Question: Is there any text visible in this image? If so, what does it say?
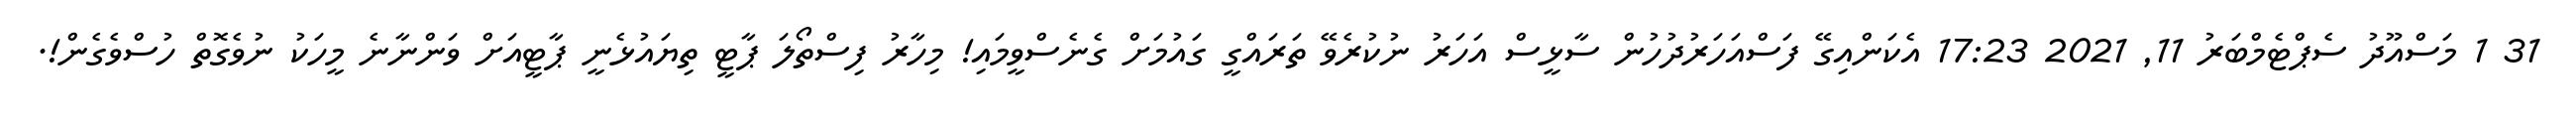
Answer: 31 1 މަސްއޫދު ސެޕްޓެމްބަރު 11, 2021 17:23 އެކަންއިގޭ ފަސްއަހަރުދުހުން ސާޅީސް އަހަރު ނުކުރެވޭ ތަރައްގީ ގައުމަށް ގެނެސްވީމައި! މިހާރު ފިސްތޯލަ ޕާޓީ ތިޔައުޅެނީ ޕާޓީއަށް ވަންނާނެ މީހަކު ނުވެގޮތް ހުސްވެގެން!.